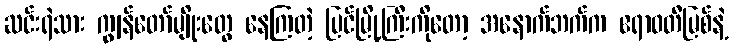
ဆင်းရဲသား ကျွန်တော်မျိုးတွေ နေကြတဲ့ ပြင်မြို့ကြီးကိုတော့ အနောက်ဘက်က ဧရာဝတီမြစ်နဲ့